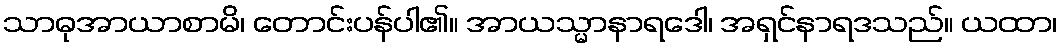
သာဓုအာယာစာမိ၊ တောင်းပန်ပါ၏။ အာယသ္မာနာရဒေါ၊ အရှင်နာရဒသည်။ ယထာ၊